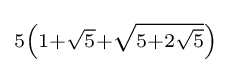
\scriptstyle 5\left(1+{\sqrt {5}}+{\sqrt {5+2{\sqrt {5}}}}\right)